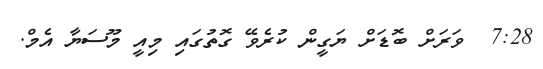
7:28  ވަރަށް ބޮޑަށް ޔަގީން ކުރެވޭ ގޮތުގައި މިއީ މޫސަޔާ އެމް.